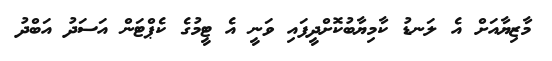
މާޒިޔާއަށް އެ ލަނޑު ކާމިޔާބުކޮށްދީފައި ވަނީ އެ ޓީމުގެ ކެޕްޓަން އަސަދު އަބްދު